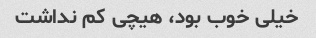
خیلی خوب بود، هیچی کم نداشت